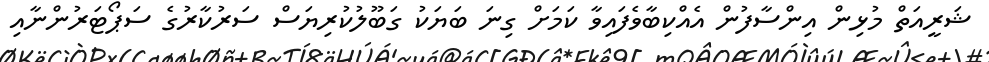
ޝަރީއަތް މުޅިން އިންސާފުން އެއްކިބާވެފައިވާ ކަމަށް ގިނަ ބަޔަކު ގަބޫލުކުރިޔަސް ސަރުކާރުގެ ސަޕޯޓަރުންނާއި